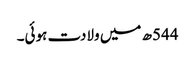
544ھ میں ولادت ہوئی۔